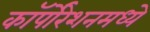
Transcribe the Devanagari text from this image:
कॉर्पोरेशनमध्ये